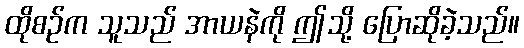
ထိုစဉ်က သူသည် အာယနဲကို ဤသို့ ပြောဆိုခဲ့သည်။